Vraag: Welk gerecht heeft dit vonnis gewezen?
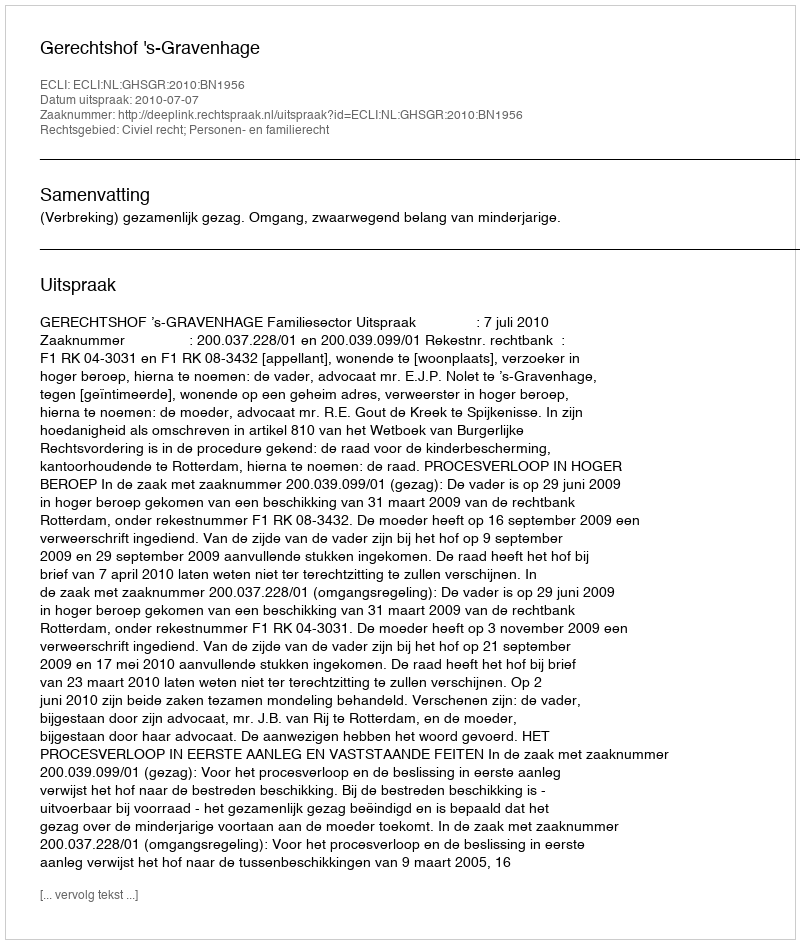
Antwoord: Gerechtshof 's-Gravenhage